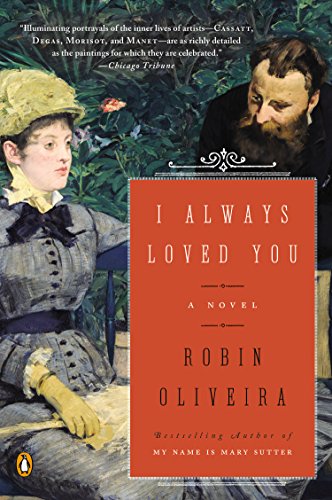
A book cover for I Always Loved You: A Novel; Robin Oliveira; Literature & Fiction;